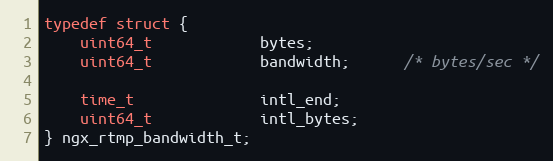
Language: C
typedef struct {
    uint64_t            bytes;
    uint64_t            bandwidth;      /* bytes/sec */

    time_t              intl_end;
    uint64_t            intl_bytes;
} ngx_rtmp_bandwidth_t;